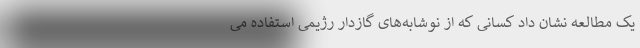
یک مطالعه نشان داد کسانی که از نوشابه‌های گازدار رژیمی استفاده می